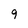
Character: 9